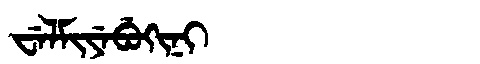
Manchu: ᠸᡝᠯᠮᡳᠶᡝᠪᡠᡴᡳᠨᡳ
Romanization: WELMIYEBUKINI